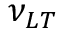
\nu _ { L T }